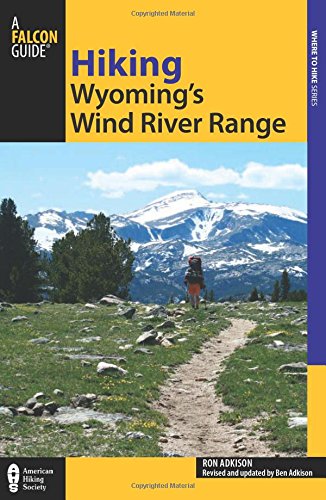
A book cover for Hiking Wyoming's Wind River Range (Regional Hiking Series); Ron Adkison; Sports & Outdoors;